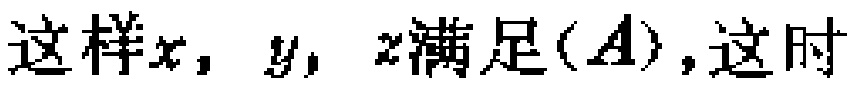
这样\(x,y,z\)满足\((A)\)，这时